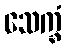
သေက္ခံ